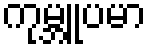
ကုမ္ဘူပမာ